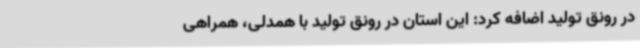
در رونق تولید اضافه کرد: این استان در رونق تولید با همدلی، همراهی